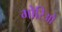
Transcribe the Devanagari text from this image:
गोरिओ